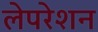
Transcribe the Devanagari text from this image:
लेपरेशन